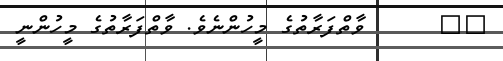
٤١      ވާތްފަރާތުގެ މީހުންނެވެ. ވާތްފަރާތުގެ މީހުންނީ